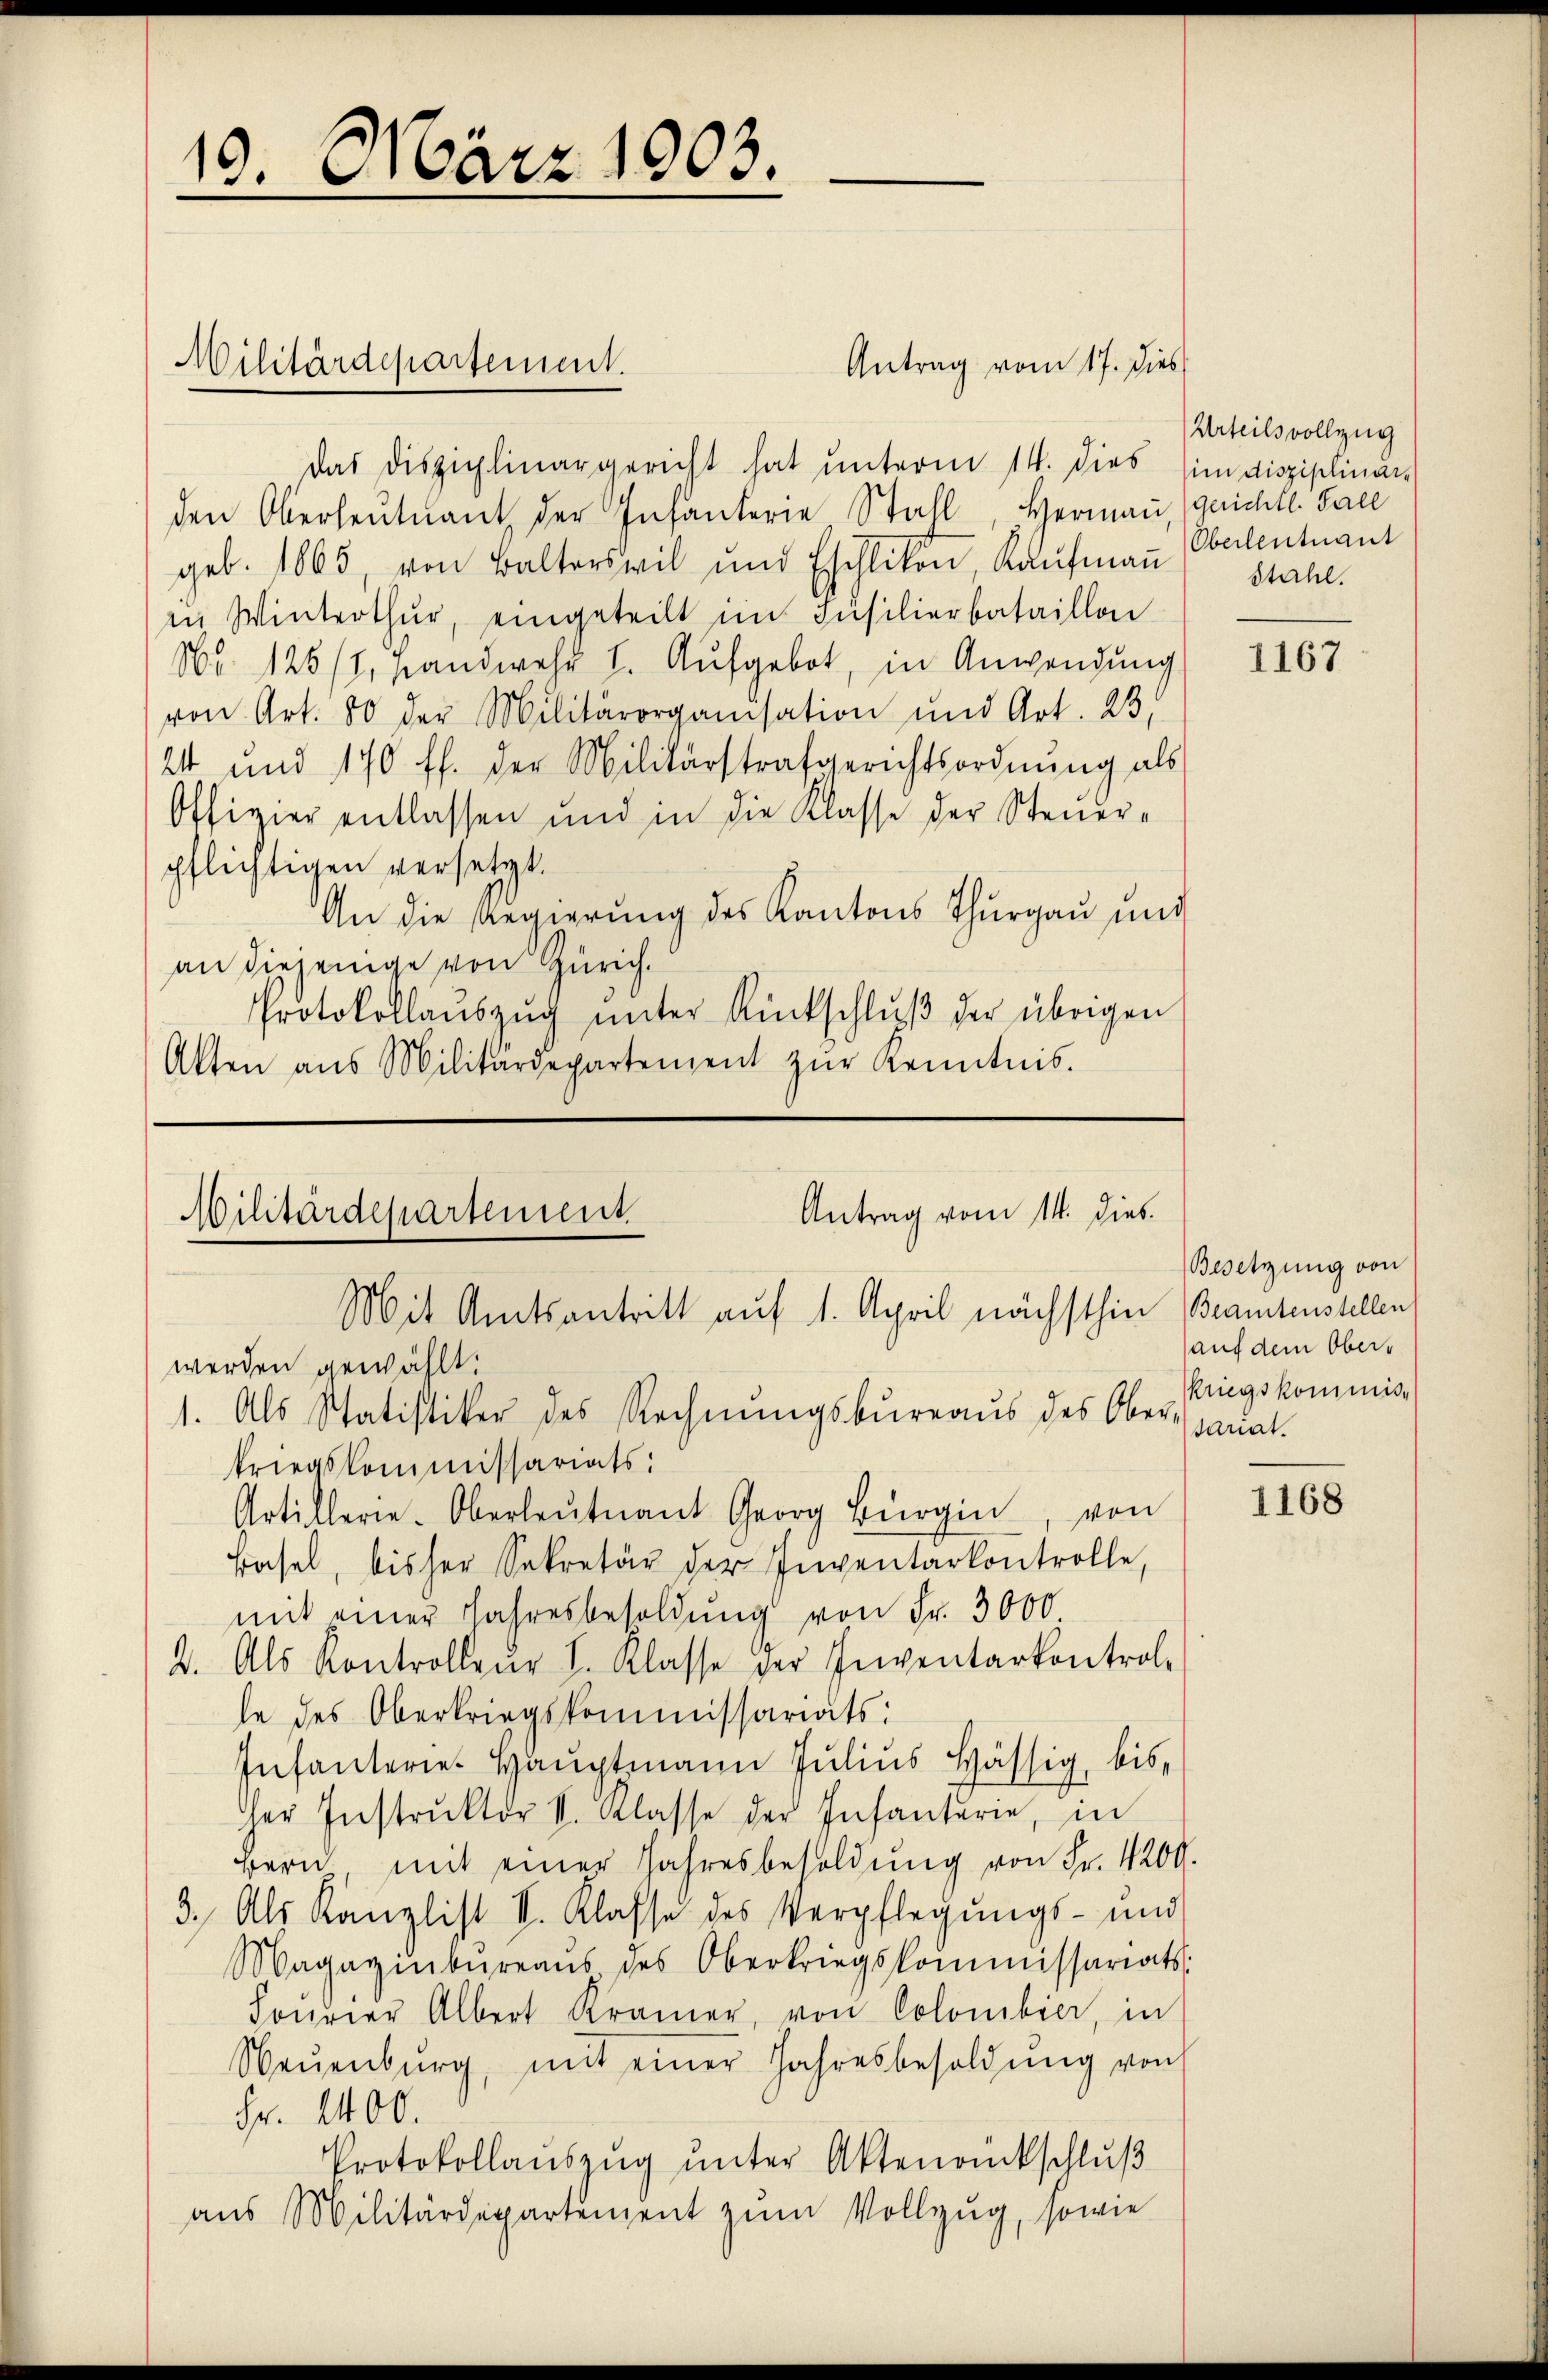
10. März 1903.

Antrag vom 17. dies
das Disziplinargericht hat unterm 14. dies in disziplinars
den Oberleutnant der Infanterie Stahl, Hermaṅ gerichtl. Fall
geb. 1865, von Balterswil und Eschlikon, Kaŭfmaṅ (Oberleutnant
in Winterthur, eingeteilt im Insilierbataillon
Nr. 125/1. Handwehr I. Aufgebot, in Anwendung
von Art. 80 der Militärorganisation und Art. 23.
24 und 170 ff. der Militärstrafgerichtsordnung als
Offizier entlassen und in die Klasse der Steuerpflichtigen versetzt.
An die Regierung des Kantons Thurgau und
an diejenige von Zürich.
Protokollaŭszŭg ŭnter Rückschlŭβ der übrigen
Akten aus Militärdepartement zŭr Kenntnis.

Militärdepartement.

Antrag vom 14. dies
Militärdepartement.

Artillerie-Oberleutnant Georg Bürgi, von
Basel, bisher Sekretär der Inventarkontrolle,
mit einer Jahresbesoldŭng von Fr. 3000.
2. Als Kontrolleŭr I. Klasse der Inventarkontrol-
le des Oberkriegskommissariats:
Infanterie-Hauptmann Julius hässig, bis¬
Her Instrŭktor II. Klasse der Infanterie, in
Bern mit einer Jahresbesoldŭng von Fr. 4200.
3. Als Kanzlist II. Klasse des Verpflegŭngs- und
Magazinbŭreaŭs des Oberkriegskommissariats-
Foŭrner Albert Kramer, von Colombier, in
Neŭenbŭrg, mit einer Jahresbesoldŭng von
Fr. 1400.
Protokollaŭszŭg ŭnter Aktenrückschluß
aus Militärdepartement zum Vollzug, sowie

Mit Amtsantritt auf 1. April nächsthin Beamtenstellen
werden gewählt.
1. Als Statistiker des Rechnŭngsbureaus des Oberpauat.
kriegskommissariats:

Urteils vollzug
Stahl.

Besetzung von
auf dem Oberkriegskommis-

1167

1168